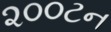
૨૦૦ટન